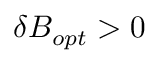
\delta B _ { o p t } > 0